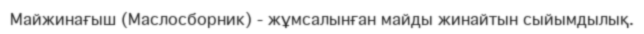
Майжинағыш (Маслосборник) - жұмсалынған майды жинайтын сыйымдылық.